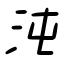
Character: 沌